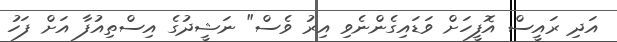
އަދި ރައީސް އޮފީހަށް ވަޑައިގެންނެވި އިރު ވެސް" ނަޝީދުގެ އިސްތިއުފާ އަށް ފަހު